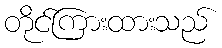
တိုင်ကြားထားသည်